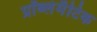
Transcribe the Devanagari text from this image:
प्रॉब्लेमैटिक